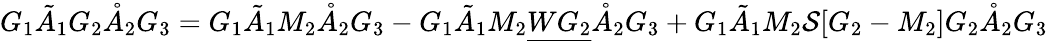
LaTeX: G_{1}\tilde{A}_{1}G_{2}\mathring{A}_{2}G_{3}=G_{1}\tilde{A}_{1}M_{2}\mathring{A}_{2}G_{3}-G_{1}\tilde{A}_{1}M_{2}\underline{{WG_{2}}}\mathring{A}_{2}G_{3}+G_{1}\tilde{A}_{1}M_{2}\mathcal{S}[G_{2}-M_{2}]G_{2}\mathring{A}_{2}G_{3}